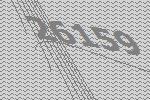
26159